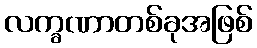
လက္ခဏာတစ်ခုအဖြစ်